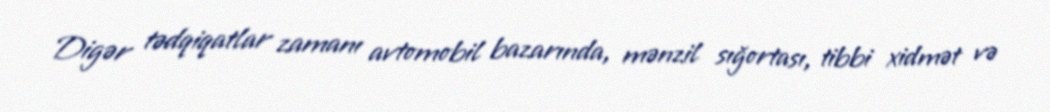
Digər tədqiqatlar zamanı avtomobil bazarında, mənzil sığortası, tibbi xidmət və